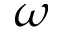
\omega